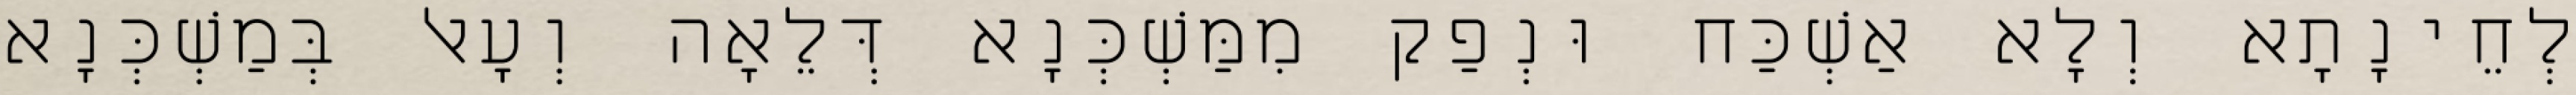
לְחֵינָתָא וְלָא אַשְׁכַּח וּנְפַק מִמַּשְׁכְּנָא דְּלֵאָה וְעָאל בְּמַשְׁכְּנָא